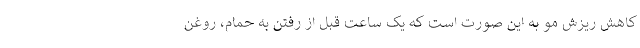
کاهش ریزش مو به این صورت است که یک ساعت قبل از رفتن به حمام، روغن